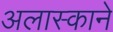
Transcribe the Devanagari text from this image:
अलास्काने